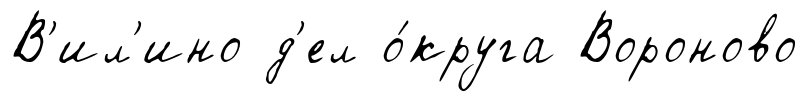
В'ил'ино д'ел о́круга Вороново